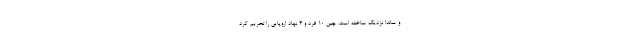
و ساندا نزدیک ساخته‌ است. چین 10 فرد و 4 نهاد اروپایی را تحریم کرد